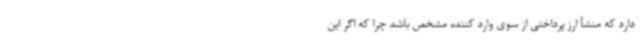
دارد که منشأ ارز پرداختی از سوی وارد کننده مشخص باشد چرا که اگر این